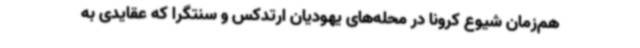
هم‌زمان شیوع کرونا در محله‌های یهودیان ارتدکس و سنتگرا که عقایدی به